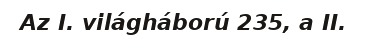
Az I. világháború 235, a II.